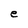
Character: e